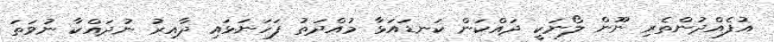
އުފެއްދުންތެރި ނޫން ލޯނަކީ ދައްކަން ކަނޑައަޅާ މުއްދަތު ފަހަނަޅައި ދާއިރު ނުދައްކާ ނުވަތަ